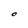
Character: O